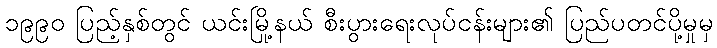
၁၉၉၀ ပြည့်နှစ်တွင် ယင်းမြို့နယ် စီးပွားရေးလုပ်ငန်းများ၏ ပြည်ပတင်ပို့မှုမှ